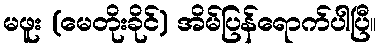
မဖူး (မေတိုးခိုင်) အိမ်ပြန်ရောက်ပါပြီ။